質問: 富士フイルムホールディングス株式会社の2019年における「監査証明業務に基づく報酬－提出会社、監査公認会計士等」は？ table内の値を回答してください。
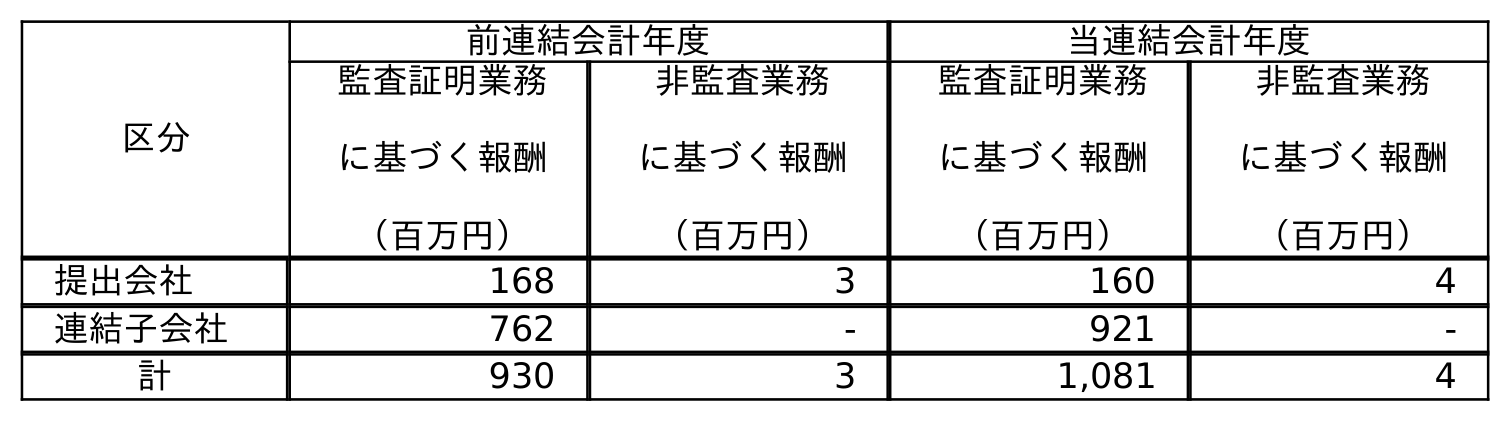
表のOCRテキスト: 区分 前連結会計年度 当連結会計年度 監査証明業務 に基づく報酬 （百万円） 非監査業務 に基づく報酬 （百万円） 監査証明業務 に基づく報酬 （百万円） 非監査業務 に基づく報酬 （百万円） 提出会社 168 3 160 4 連結子会社 762 - 921 - 計 930 3 1,081 4
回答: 168